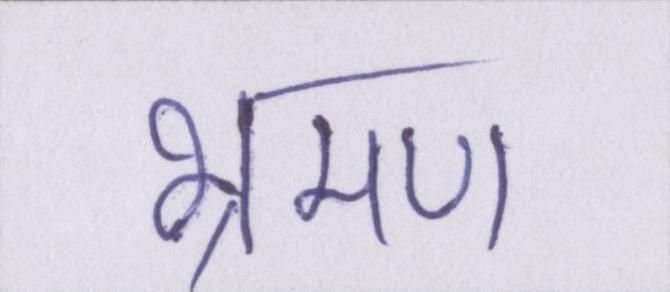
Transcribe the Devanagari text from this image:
भ्रमण